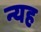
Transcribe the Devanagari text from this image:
न्यह